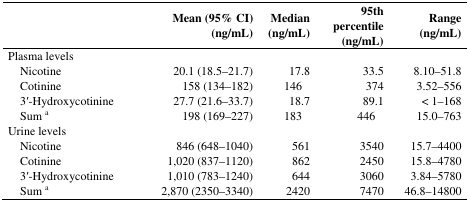
|  | Mean (95% CI) (ng/mL) | Median (ng/mL) | 95th percentile (ng/mL) | Range (ng/mL) |
 | --- | --- | --- | --- | --- |
 | Plasma levels |  |  |  |  |
 | Nicotine | 20.1 (18.5–21.7) | 17.8 | 33.5 | 8.10–51.8 |
 | Cotinine | 158 (134–182) | 146 | 374 | 3.52–556 |
 | 3′-Hydroxycotinine | 27.7 (21.6–33.7) | 18.7 | 89.1 | < 1–168 |
 | Sum a | 198 (169–227) | 183 | 446 | 15.0–763 |
 | Urine levels |  |  |  |  |
 | Nicotine | 846 (648–1040) | 561 | 3540 | 15.7–4400 |
 | Cotinine | 1,020 (837–1120) | 862 | 2450 | 15.8–4780 |
 | 3′-Hydroxycotinine | 1,010 (783–1240) | 644 | 3060 | 3.84–5780 |
 | Sum a | 2,870 (2350–3340) | 2420 | 7470 | 46.8–14800 |